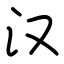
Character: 汉